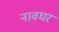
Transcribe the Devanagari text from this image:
नावघर